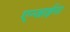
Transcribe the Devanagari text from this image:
एन्जाईना